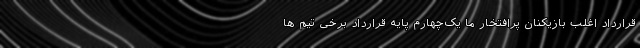
قرارداد اغلب بازیکنان پرافتخار ما یک‌چهارم پایه قرارداد برخی تیم ها